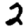
Digit: 2